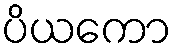
ပိယကော